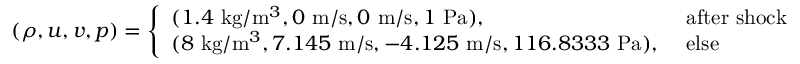
( \rho , u , v , p ) = \left\{ \begin{array} { l l } { ( 1 . 4 \mathrm { ~ k g } / \mathrm { m } ^ { 3 } , 0 \mathrm { ~ m } / \mathrm { s } , 0 \mathrm { ~ m } / \mathrm { s } , 1 \mathrm { ~ P a } ) , } & { \mathrm { ~ a f t e r ~ s h o c k ~ } } \\ { ( 8 \mathrm { ~ k g } / \mathrm { m } ^ { 3 } , 7 . 1 4 5 \mathrm { ~ m } / \mathrm { s } , - 4 . 1 2 5 \mathrm { ~ m } / \mathrm { s } , 1 1 6 . 8 3 3 3 \mathrm { ~ P a } ) , } & { \mathrm { ~ e l s e ~ } } \end{array} \right.